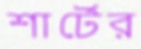
শার্টের